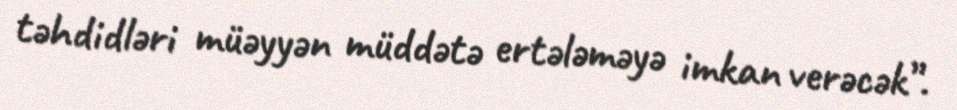
təhdidləri müəyyən müddətə ertələməyə imkan verəcək”.